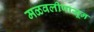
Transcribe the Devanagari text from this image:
मळवलीपासून